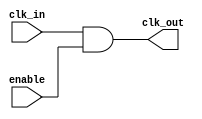
module clock_gating_cell (
    input wire clk_in,      // Global clock input
    input wire enable,      // Enable signal for clock gating
    output wire clk_out     // Gated clock output
);

// Clock gating logic
assign clk_out = clk_in & enable; // Pass clk_in when enable is high

endmodule